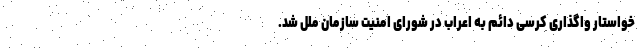
خواستار واگذاری کرسی دائم به اعراب در شورای امنیت سازمان ملل شد.